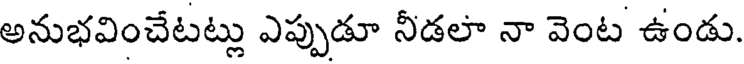
అనుభవించేటట్లు ఎప్పుడూ నీడలా నా వెంట ఉండు.